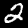
Digit: 2